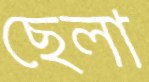
ছেলা